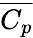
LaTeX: \overline{{C_{p}}}